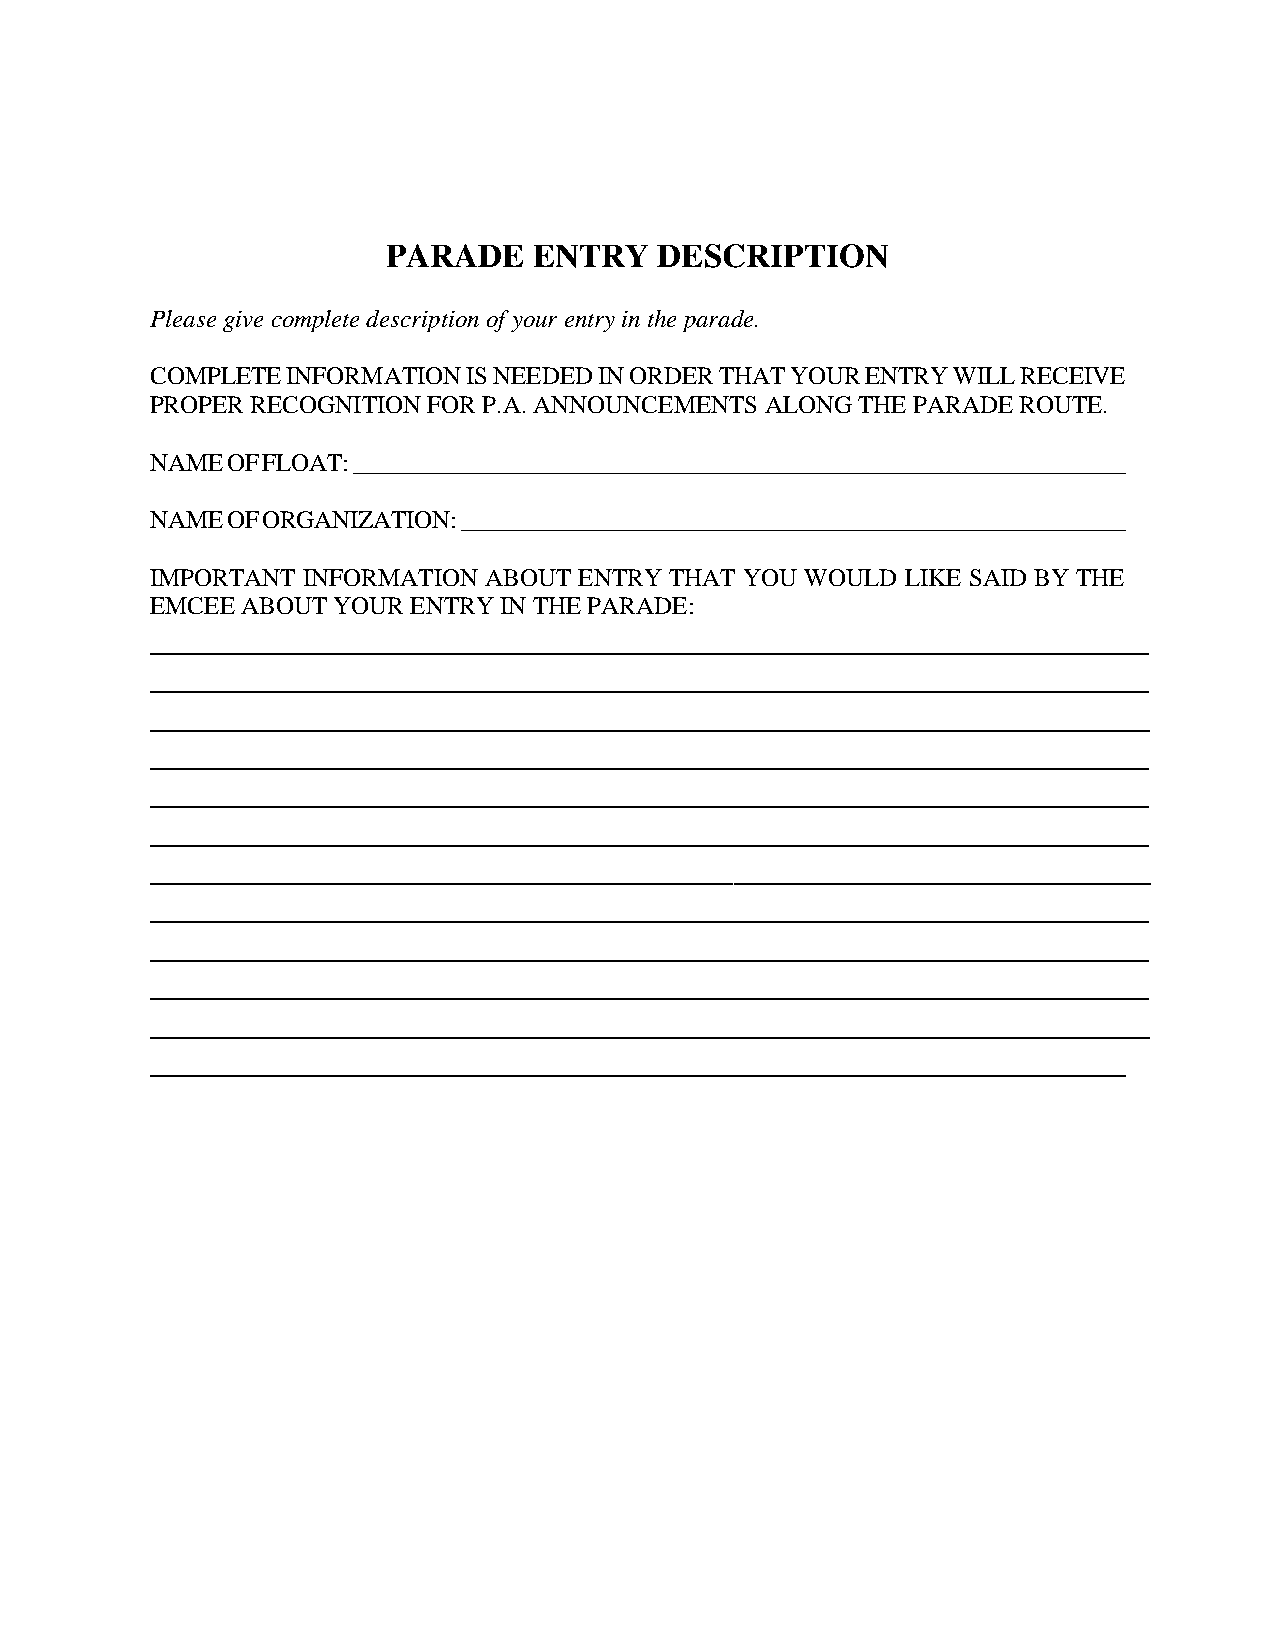
PARADE   ENTRY    DESCRIPTION
 Please give complete description of your entry in the parade.
 COMPLETE INFORMATION IS NEEDED IN ORDER THAT YOUR ENTRY WILL RECEIVE
 PROPER RECOGNITION FOR P.A. ANNOUNCEMENTS ALONG THE PARADE ROUTE.
 NAME OF FLOAT: ________________________________________________________________
 NAME OF ORGANIZATION: _______________________________________________________
 IMPORTANT INFORMATION ABOUT ENTRY THAT YOU WOULD  LIKE SAID BY THE
 EMCEE ABOUT YOUR ENTRY IN THE PARADE:
 ____________________________________________________________
 ____________________________________________________________
 ____________________________________________________________
 ____________________________________________________________
 ____________________________________________________________
 ____________________________________________________________
 ____________________________________________________________
 ____________________________________________________________
 ____________________________________________________________
 ____________________________________________________________
 ____________________________________________________________
 ____________________________________________________________